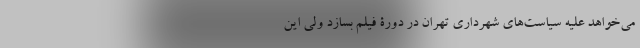
می‌خواهد علیه سیاست‌های شهرداری تهران در دورۀ فیلم بسازد ولی این